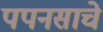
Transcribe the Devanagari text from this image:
पपनसाचे